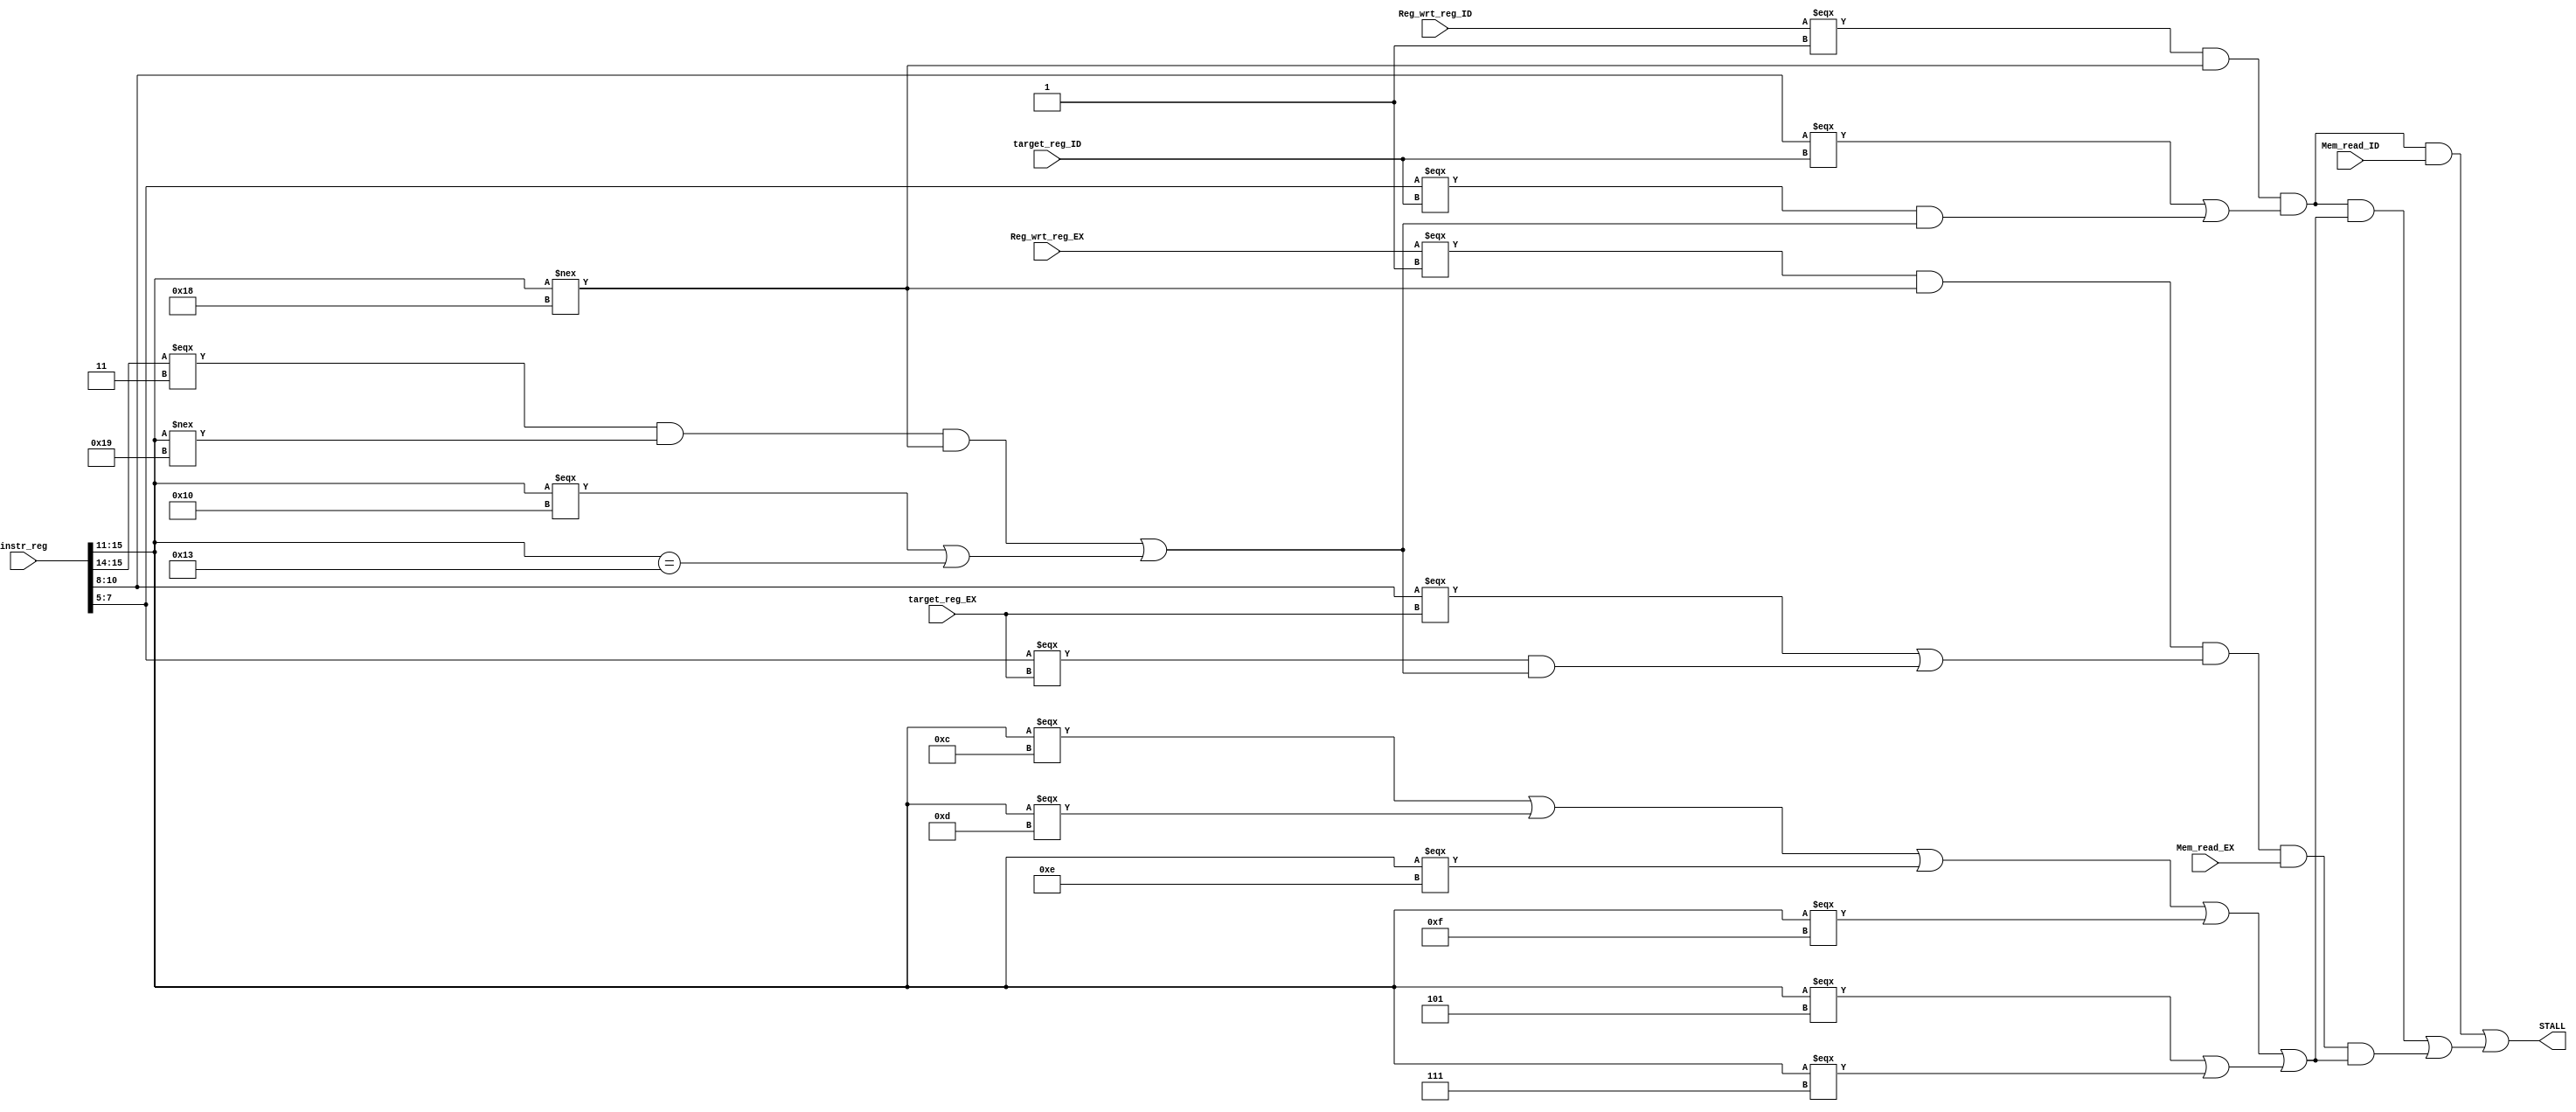
module stall_detector (instr_reg, Reg_wrt_reg_ID, Mem_read_ID, Mem_read_EX, target_reg_ID, Reg_wrt_reg_EX, target_reg_EX, STALL);
input [15:0] instr_reg;
input Reg_wrt_reg_ID, Reg_wrt_reg_EX, Mem_read_ID, Mem_read_EX;
// input [1:0] Alu_src_reg;
input [2:0] target_reg_ID, target_reg_EX; 
// input [4:0] Alu_op_reg; 
output STALL;

wire Rt_valid; // Rt is used
assign Rt_valid = ((instr_reg[15:14] === 2'b11) & (instr_reg[15:11] !== 5'b11001) & (instr_reg[15:11] !== 5'b11000)) | ((instr_reg[15:11] === 5'b10000) | (instr_reg[15:11] == 5'b10011));

wire IDEX_wrt;
wire IDEX_Rs;
wire IDEX_Rt;
wire IDEX_stall;
assign IDEX_wrt = (Reg_wrt_reg_ID === 1'b1) & (instr_reg[15:11] !== 5'b11000); // last instruction will write to register
assign IDEX_Rs = (instr_reg[10:8] === target_reg_ID); // Rs RAW
assign IDEX_Rt = (instr_reg[7:5] === target_reg_ID) & (Rt_valid); // Rt RAW
assign IDEX_stall = IDEX_wrt & (IDEX_Rs | IDEX_Rt);

wire EXM_wrt;
wire EXM_Rs;
wire EXM_Rt;
wire EXM_stall;
assign EXM_wrt = (Reg_wrt_reg_EX === 1'b1) & (instr_reg[15:11] !== 5'b11000);
assign EXM_Rs = (instr_reg[10:8] === target_reg_EX);
assign EXM_Rt = (instr_reg[7:5] === target_reg_EX) & (Rt_valid);
assign EXM_stall = EXM_wrt & (EXM_Rs | EXM_Rt);


// Two situations that a STALL cannot be avoided
// a stall is needed when it is dependent on previous load
// a stall is needed when a branch/jumpR is dependent on its previous instruction
// a stall is needed when a branch/jumpR is dependent on the load before its previous instruction i.e. load, other, branch/jumpR
wire isBranch, isJumpR; 
assign isBranch = (instr_reg[15:11] === 5'b01100) | (instr_reg[15:11] === 5'b01101) | (instr_reg[15:11] === 5'b01110) | (instr_reg[15:11] === 5'b01111);
assign isJumpR = (instr_reg[15:11] === 5'b00101) | (instr_reg[15:11] === 5'b00111);
assign STALL = (IDEX_stall & Mem_read_ID) | (IDEX_stall & (isBranch|isJumpR) | EXM_stall & Mem_read_EX & (isBranch|isJumpR));


endmodule